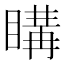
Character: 𥉇